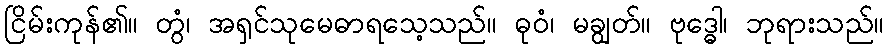
ငြိမ်းကုန်၏။ တွံ၊ အရှင်သုမေဓာရသေ့သည်။ ဓုဝံ၊ မချွတ်။ ဗုဒ္ဓေါ၊ ဘုရားသည်။